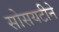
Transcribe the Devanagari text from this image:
सोसयटीने